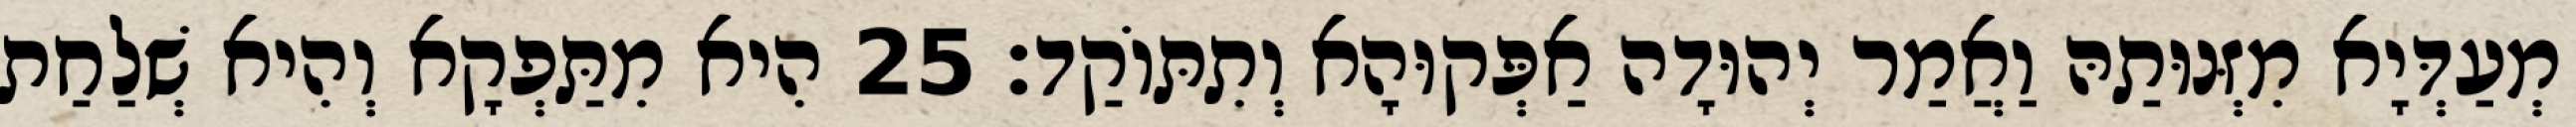
מְעַדְּיָא מִזְּנוּתַהּ וַאֲמַר יְהוּדָה אַפְּקוּהָא וְתִתּוֹקַד׃ 25 הִיא מִתַּפְקָא וְהִיא שְׁלַחַת